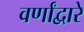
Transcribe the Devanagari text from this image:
वर्णांद्वारे